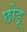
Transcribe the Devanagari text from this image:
छोड़ू